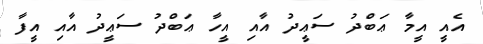
އެއީ އީމާ ޢަބްދު ސަޢީދު އާއި އީހާ ޢަބްދު ސަޢީދު އާއި އީފާ